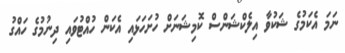
ނަމަ އެކަމުގެ ޝަކުވާ އިލެކްޝަންސް ކޮމިޝަނަށް ހުށަަހަޅައި އެކަން ހުއްޓުވައި ދިނުމުގެ ހައްގު